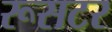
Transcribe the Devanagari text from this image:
रूसटर